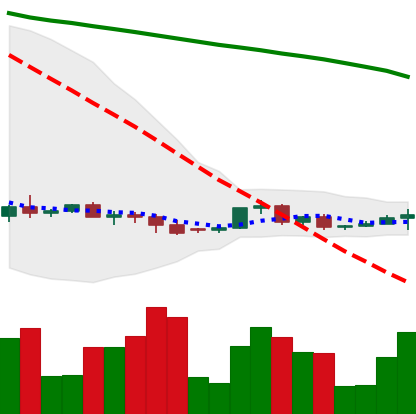
Ticker: XRP-USD
Chart end date: 2022-06-07
Forward return: -15.259%
Label: down_7plus